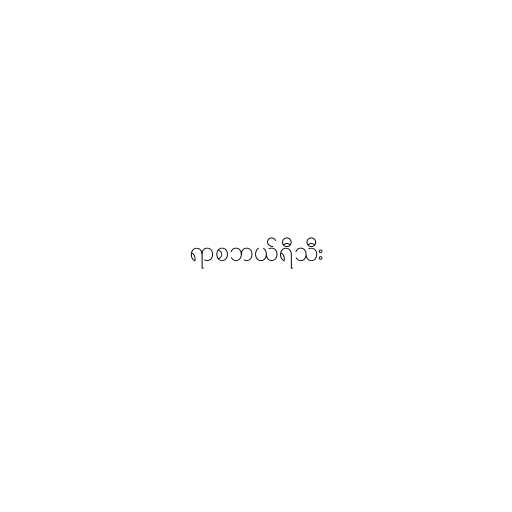
ရာစဘယ်ရီသီး